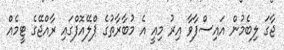
ޖާގަ ލިބެމުން އައިސްފާވާ އިރު މިއީ އެ މުބާރާތުގެ ޕްލޭއޮފްގައި ރާއްޖޭގެ ޓީމެއް